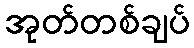
အုတ်တစ်ချပ်